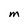
Character: M